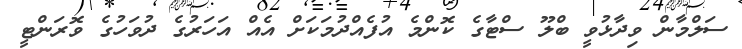
ސަލްމާން ވިދާޅުވީ ބްލޫ ސްޓާގެ ކޮންމެ އުފެއްދުމަކަށް އެއް އަހަރުގެ ދުވަހުގެ ވޮރަންޓީ